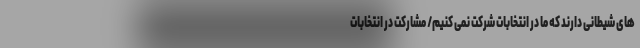
های شیطانی دارند که ما در انتخابات شرکت نمی کنیم/ مشارکت در انتخابات